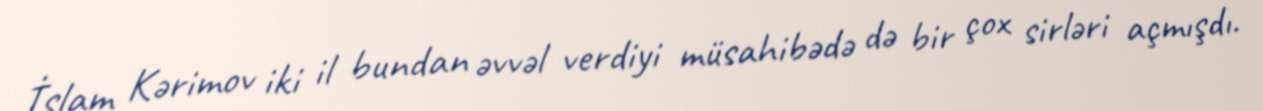
İslam Kərimov iki il bundan əvvəl verdiyi müsahibədə də bir çox sirləri açmışdı.